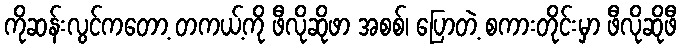
ကိုဆန်းလွင်ကတော့ တကယ့်ကို ဖီလိုဆိုဖာ အစစ်၊ ပြောတဲ့ စကားတိုင်းမှာ ဖီလိုဆိုဖီ